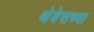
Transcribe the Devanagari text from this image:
थेबेसच्या